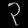
Digit: ၃